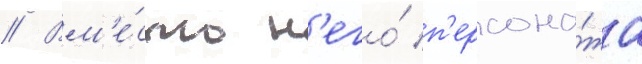
// Вм'е́сто н'его́ п'ерсона́жа